Leaving Certificate Examination (including Day School Certificate (Higher) General paper), 1937
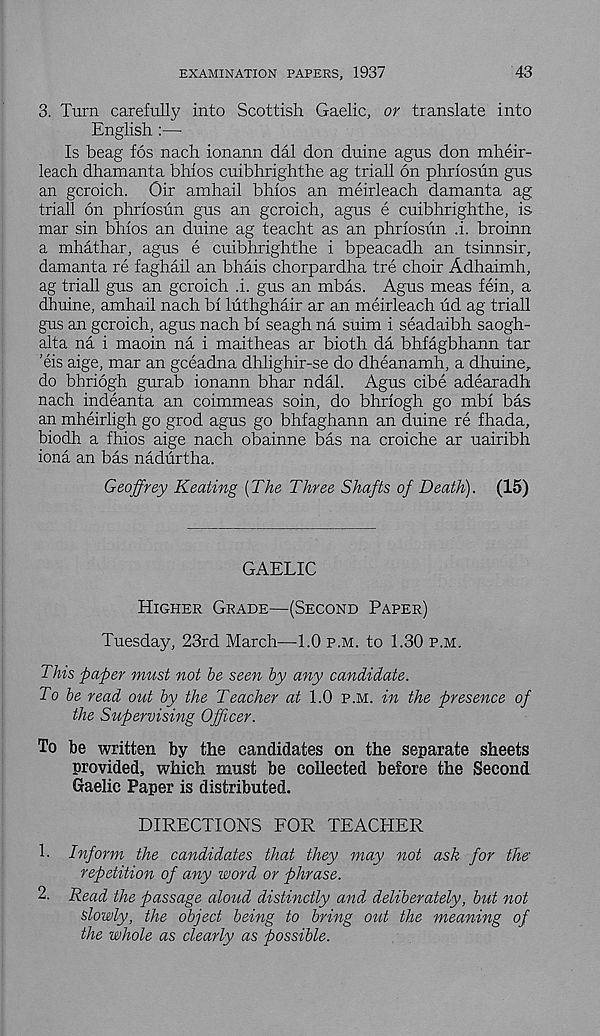
EXAMINATION PAPERS, 1937
43
3. Turn carefully into Scottish Gaelic, or translate into
English :—
Is beag fos nach ionann dal don duine agus don mheir-
leach dhamanta bhios cuibhrighthe ag trial! on phriosun gus
an gcroich. Oir amhail bhios an meirleach damanta ag
triall on phriosun gus an gcroich, agus e cuibhrighthe, is
mar sin bhios an duine ag teacht as an phriosiin .i. broinn
a mhathar, agus e cuibhrighthe i bpeacadh an tsinnsir,
damanta re faghail an bhais chorpardha tre choir Adhaimh,
ag triall gus an gcroich .i. gus an mbas. Agus meas fein, a
dhuine, amhail nach bi luthghair ar an meirleach ud ag triall
gus an gcroich, agus nach bi seagh na suim i seadaibh saogh-
alta na i maoin na i maitheas ar bioth da bhfagbhann tar
’eis aige, mar an gceadna dhlighir-se do dheanamh, a dhuine,
do bhriogh gurab ionann bhar ndal. Agus cibe adearadh
nach indeanta an coimmeas soin, do bhriogh go mbi bas
an mheirligh go grod agus go bhfaghann an duine re fhada,
biodh a fhios aige nach obainne bas na croiche ar uairibh
iona an bas nadurtha.
Geoffrey Keating {The Three Shafts of Death). (15)
GAELIC
Higher Grade—(Second Paper)
Tuesday, 23rd March—1.0 p.m. to 1.30 p.m.
This paper must not be seen by any candidate.
To be read out by the Teacher at 1.0 p.m. in the presence of
the Supervising Officer.
To be written by the candidates on the separate sheets
provided, which must be collected before the Second
Gaelic Paper is distributed.
DIRECTIONS FOR TEACHER
1. Inform the candidates that they may not ask for the
repetition of any word or phrase.
2. Read the passage aloud distinctly and deliberately, but not
Slowly, the object being to bring out the meaning of
the whole as clearly as possible.